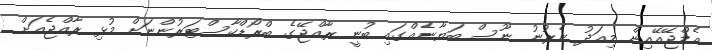
އެމްޖޭއޭއިން މިއަދު ނެރުނު ނޫސް ބަޔާނެއްގައި ބުނީ ރާއްޖޭގެ ބްރޯޑްކާސްޓަރުންނަށް މުޅި ރާއްޖެއަށް